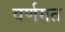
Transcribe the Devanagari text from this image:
वर्णगत